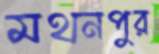
মথনপুর